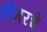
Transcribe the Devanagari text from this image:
होमरचे